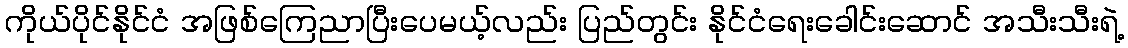
ကိုယ်ပိုင်နိုင်ငံ အဖြစ်ကြေညာပြီးပေမယ့်လည်း ပြည်တွင်း နိုင်ငံရေးခေါင်းဆောင် အသီးသီးရဲ့